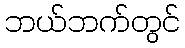
ဘယ်ဘက်တွင်